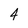
Character: 4